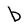
Character: b